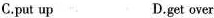
C.put up D.get over